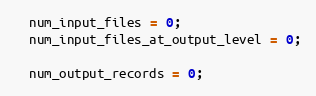
Language: C++
  num_input_files = 0;
  num_input_files_at_output_level = 0;

  num_output_records = 0;